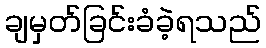
ချမှတ်ခြင်းခံခဲ့ရသည်